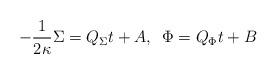
LaTeX: \begin{align*}-{1 \over 2 \kappa} \Sigma = Q_\Sigma t + A, \,\,\, \Phi = Q_\Phi t + B\end{align*}